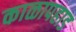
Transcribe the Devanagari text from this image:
काळापहाड